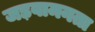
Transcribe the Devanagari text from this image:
जड़वामनता